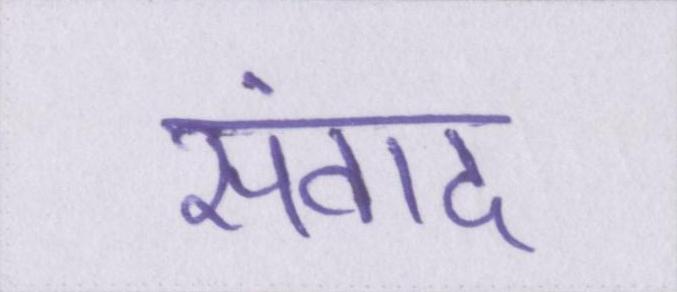
संवाद